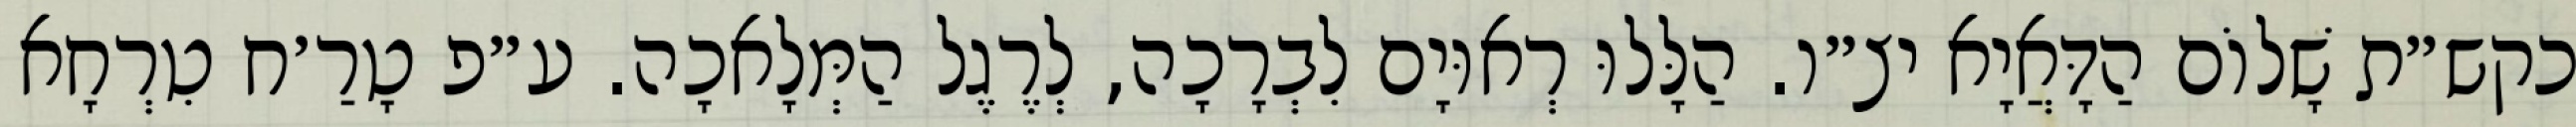
כקש״ת שָׁלוֹם הַדָּאֲיָא יצ״ו. הַלָּלוּ רְאוּיָם לִבְרָכָה, לְרֶגֶל הַמְּלָאכָה. ע״פ טָרַ׳ח טִרְחָא